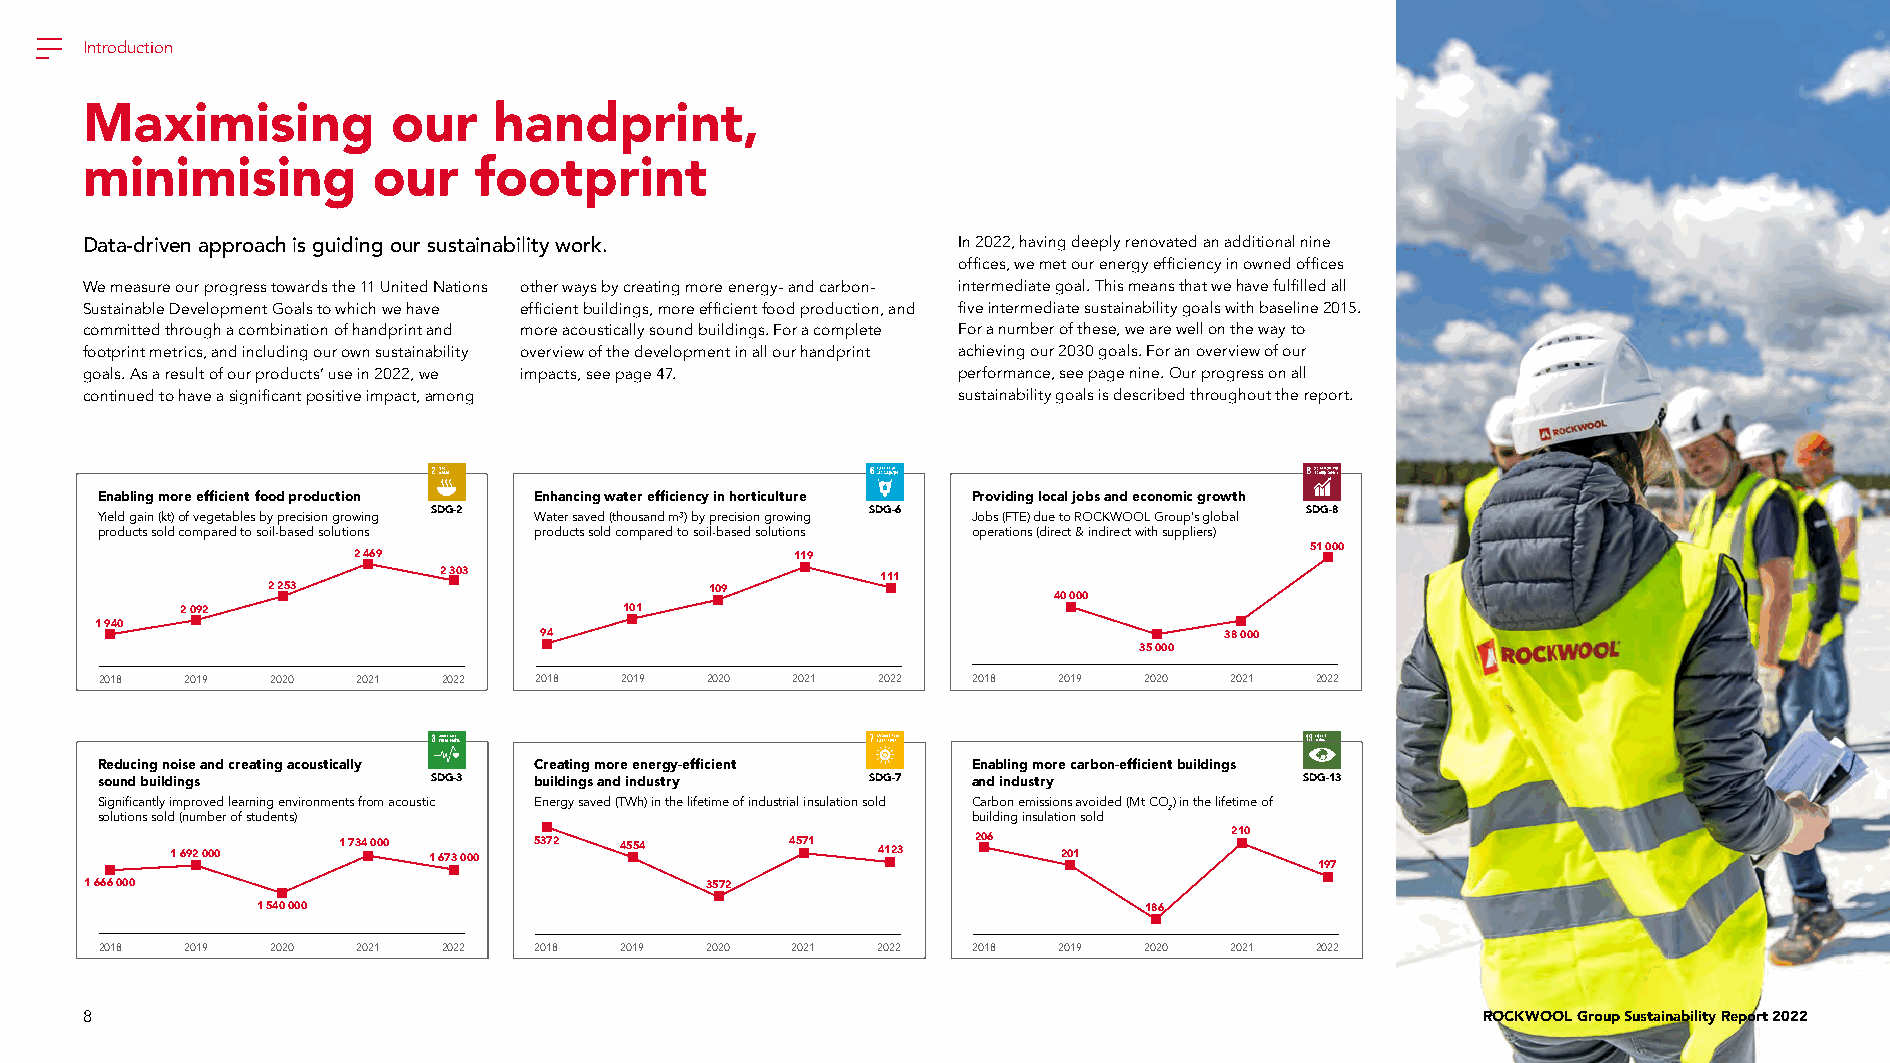
Introduction
 Maximising           our    handprint,
 minimising          our   footprint
 Data-driven approach is guiding our sustainability work.  In 2022, having deeply renovated an additional nine
 offices, we met our energy efficiency in owned offices
 We measure our progress towards the 11 United Nations other ways by creating more energy- and carbon- intermediate goal. This means that we have fulfilled all
 Sustainable Development Goals to which we have efficient buildings, more efficient food production, and five intermediate sustainability goals with baseline 2015.
 committed through a combination of handprint and more acoustically sound buildings. For a complete For a number of these, we are well on the way to
 footprint metrics, and including our own sustainability overview of the development in all our handprint achieving our 2030 goals. For an overview of our
 goals. As a result of our products’ use in 2022, we impacts, see page 47. performance, see page nine. Our progress on all
 continued to have a significant positive impact, among    sustainability goals is described throughout the report.
 Enabling more efficient food production Enhancing water efficiency in horticulture Providing local jobs and economic growth
 SDG-2                        SDG-6                       SDG-8
 Yield gain (kt) of vegetables by precision growing Water saved (thousand m³) by precision growing Jobs (FTE) due to ROCKWOOL Group’s global
 products sold compared to soil-based solutions products sold compared to soil-based solutions operations (direct & indirect with suppliers)
 51 000
 2 469                         119
 2 303
 111
 2 253                        109
 40 000
 2 092                        101
 1 940
 94                                           38 000
 35 000
 2018 2019  2020  2021 2022  2018  2019  2020 2021  2022  2018  2019  2020 2021  2022
 Reducing noise and creating acoustically Creating more energy-efficient Enabling more carbon-efficient buildings
 sound buildings        SDG-3 buildings and industry SDG-7 and industry          SDG-13
 Significantly improved learning environments from acoustic Energy saved (TWh) in the lifetime of industrial insulation sold Carbon emissions avoided (Mt CO) in the lifetime of
 2
 solutions sold (number of students)                       building insulation sold
 1 692 000  1 734 000 1 673 000 5372 4554 4571  4123   206  201         210
 197
 1 666 000                                3572
 1 540 000                                                  186
 2018 2019  2020  2021 2022  2018  2019  2020 2021  2022  2018  2019  2020 2021  2022
 8                                                                                            ROCKWOOL Group Sustainability Report 2022